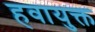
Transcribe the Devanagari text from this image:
हवायुक्त